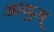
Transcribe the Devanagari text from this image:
आयुस्‌